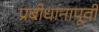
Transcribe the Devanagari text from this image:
प्रबोधानापूर्वी